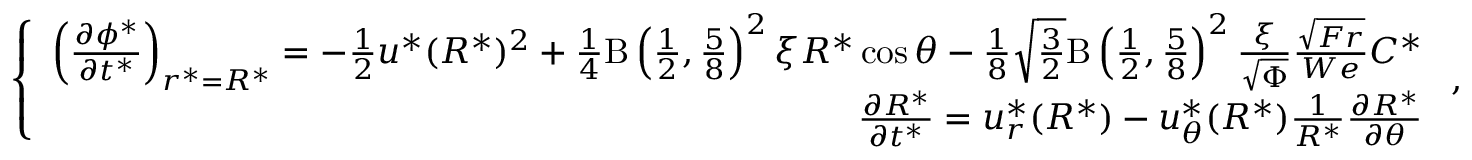
\left\{ \begin{array} { r } { \left( \frac { \partial \phi ^ { * } } { \partial t ^ { * } } \right) _ { r ^ { * } = R ^ { * } } = - \frac { 1 } { 2 } u ^ { * } ( R ^ { * } ) ^ { 2 } + \frac { 1 } { 4 } \mathrm { B } \left( \frac { 1 } { 2 } , \frac { 5 } { 8 } \right) ^ { 2 } \xi R ^ { * } \cos \theta - \frac { 1 } { 8 } \sqrt { \frac { 3 } { 2 } } \mathrm { B } \left( \frac { 1 } { 2 } , \frac { 5 } { 8 } \right) ^ { 2 } \frac { \xi } { \sqrt { \Phi } } \frac { \sqrt { F r } } { W e } C ^ { * } } \\ { \frac { \partial R ^ { * } } { \partial t ^ { * } } = u _ { r } ^ { * } ( R ^ { * } ) - u _ { \theta } ^ { * } ( R ^ { * } ) \frac { 1 } { R ^ { * } } \frac { \partial R ^ { * } } { \partial \theta } } \end{array} \right. ,